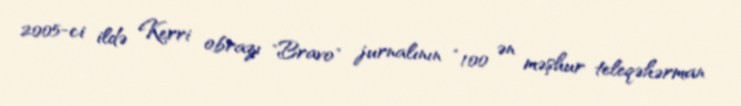
2005-ci ildə Kerri obrazı "Bravo" jurnalının “100 ən məşhur teleqəhərman